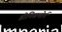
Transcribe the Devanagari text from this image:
डोनिसथोर्प